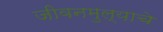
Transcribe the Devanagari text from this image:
जीवनमुल्याचे